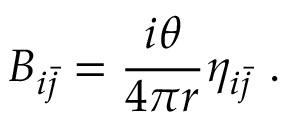
B _ { i \bar { j } } = \frac { i \theta } { 4 \pi r } \eta _ { i \bar { j } } \ .